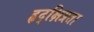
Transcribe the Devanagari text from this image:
हृद्‌क्षिप्रता